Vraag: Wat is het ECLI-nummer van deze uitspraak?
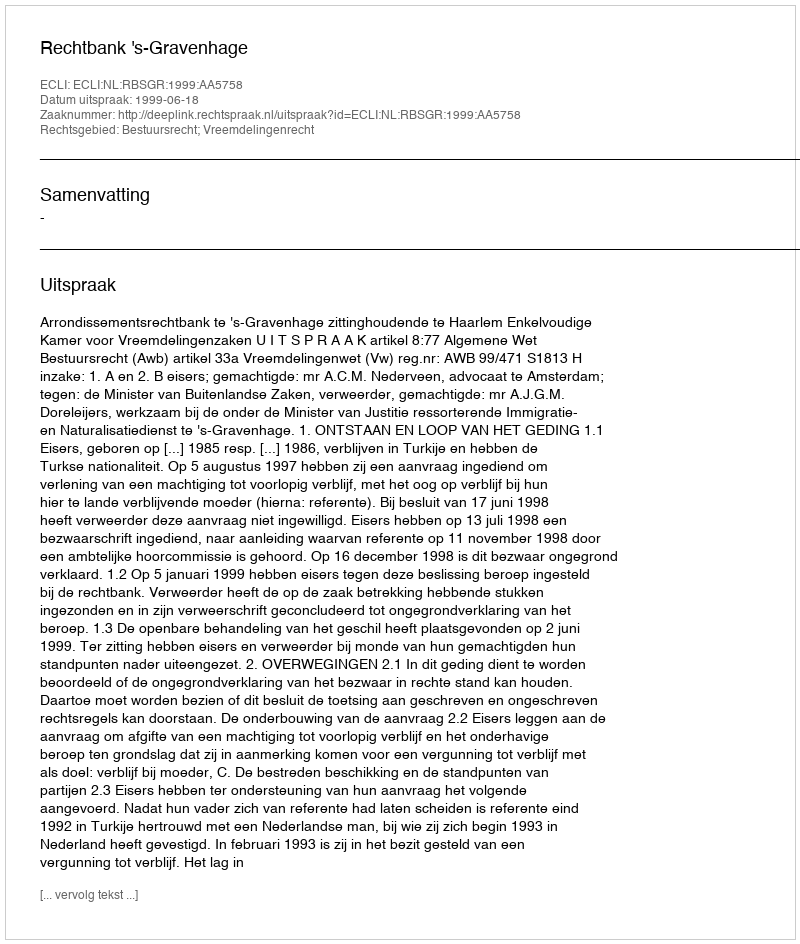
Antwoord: ECLI:NL:RBSGR:1999:AA5758